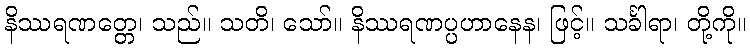
နိဿရဏတ္တေ၊ သည်။ သတိ၊ သော်။ နိဿရဏပ္ပဟာနေန၊ ဖြင့်။ သင်္ခါရာ၊ တို့ကို။